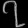
Digit: ၇